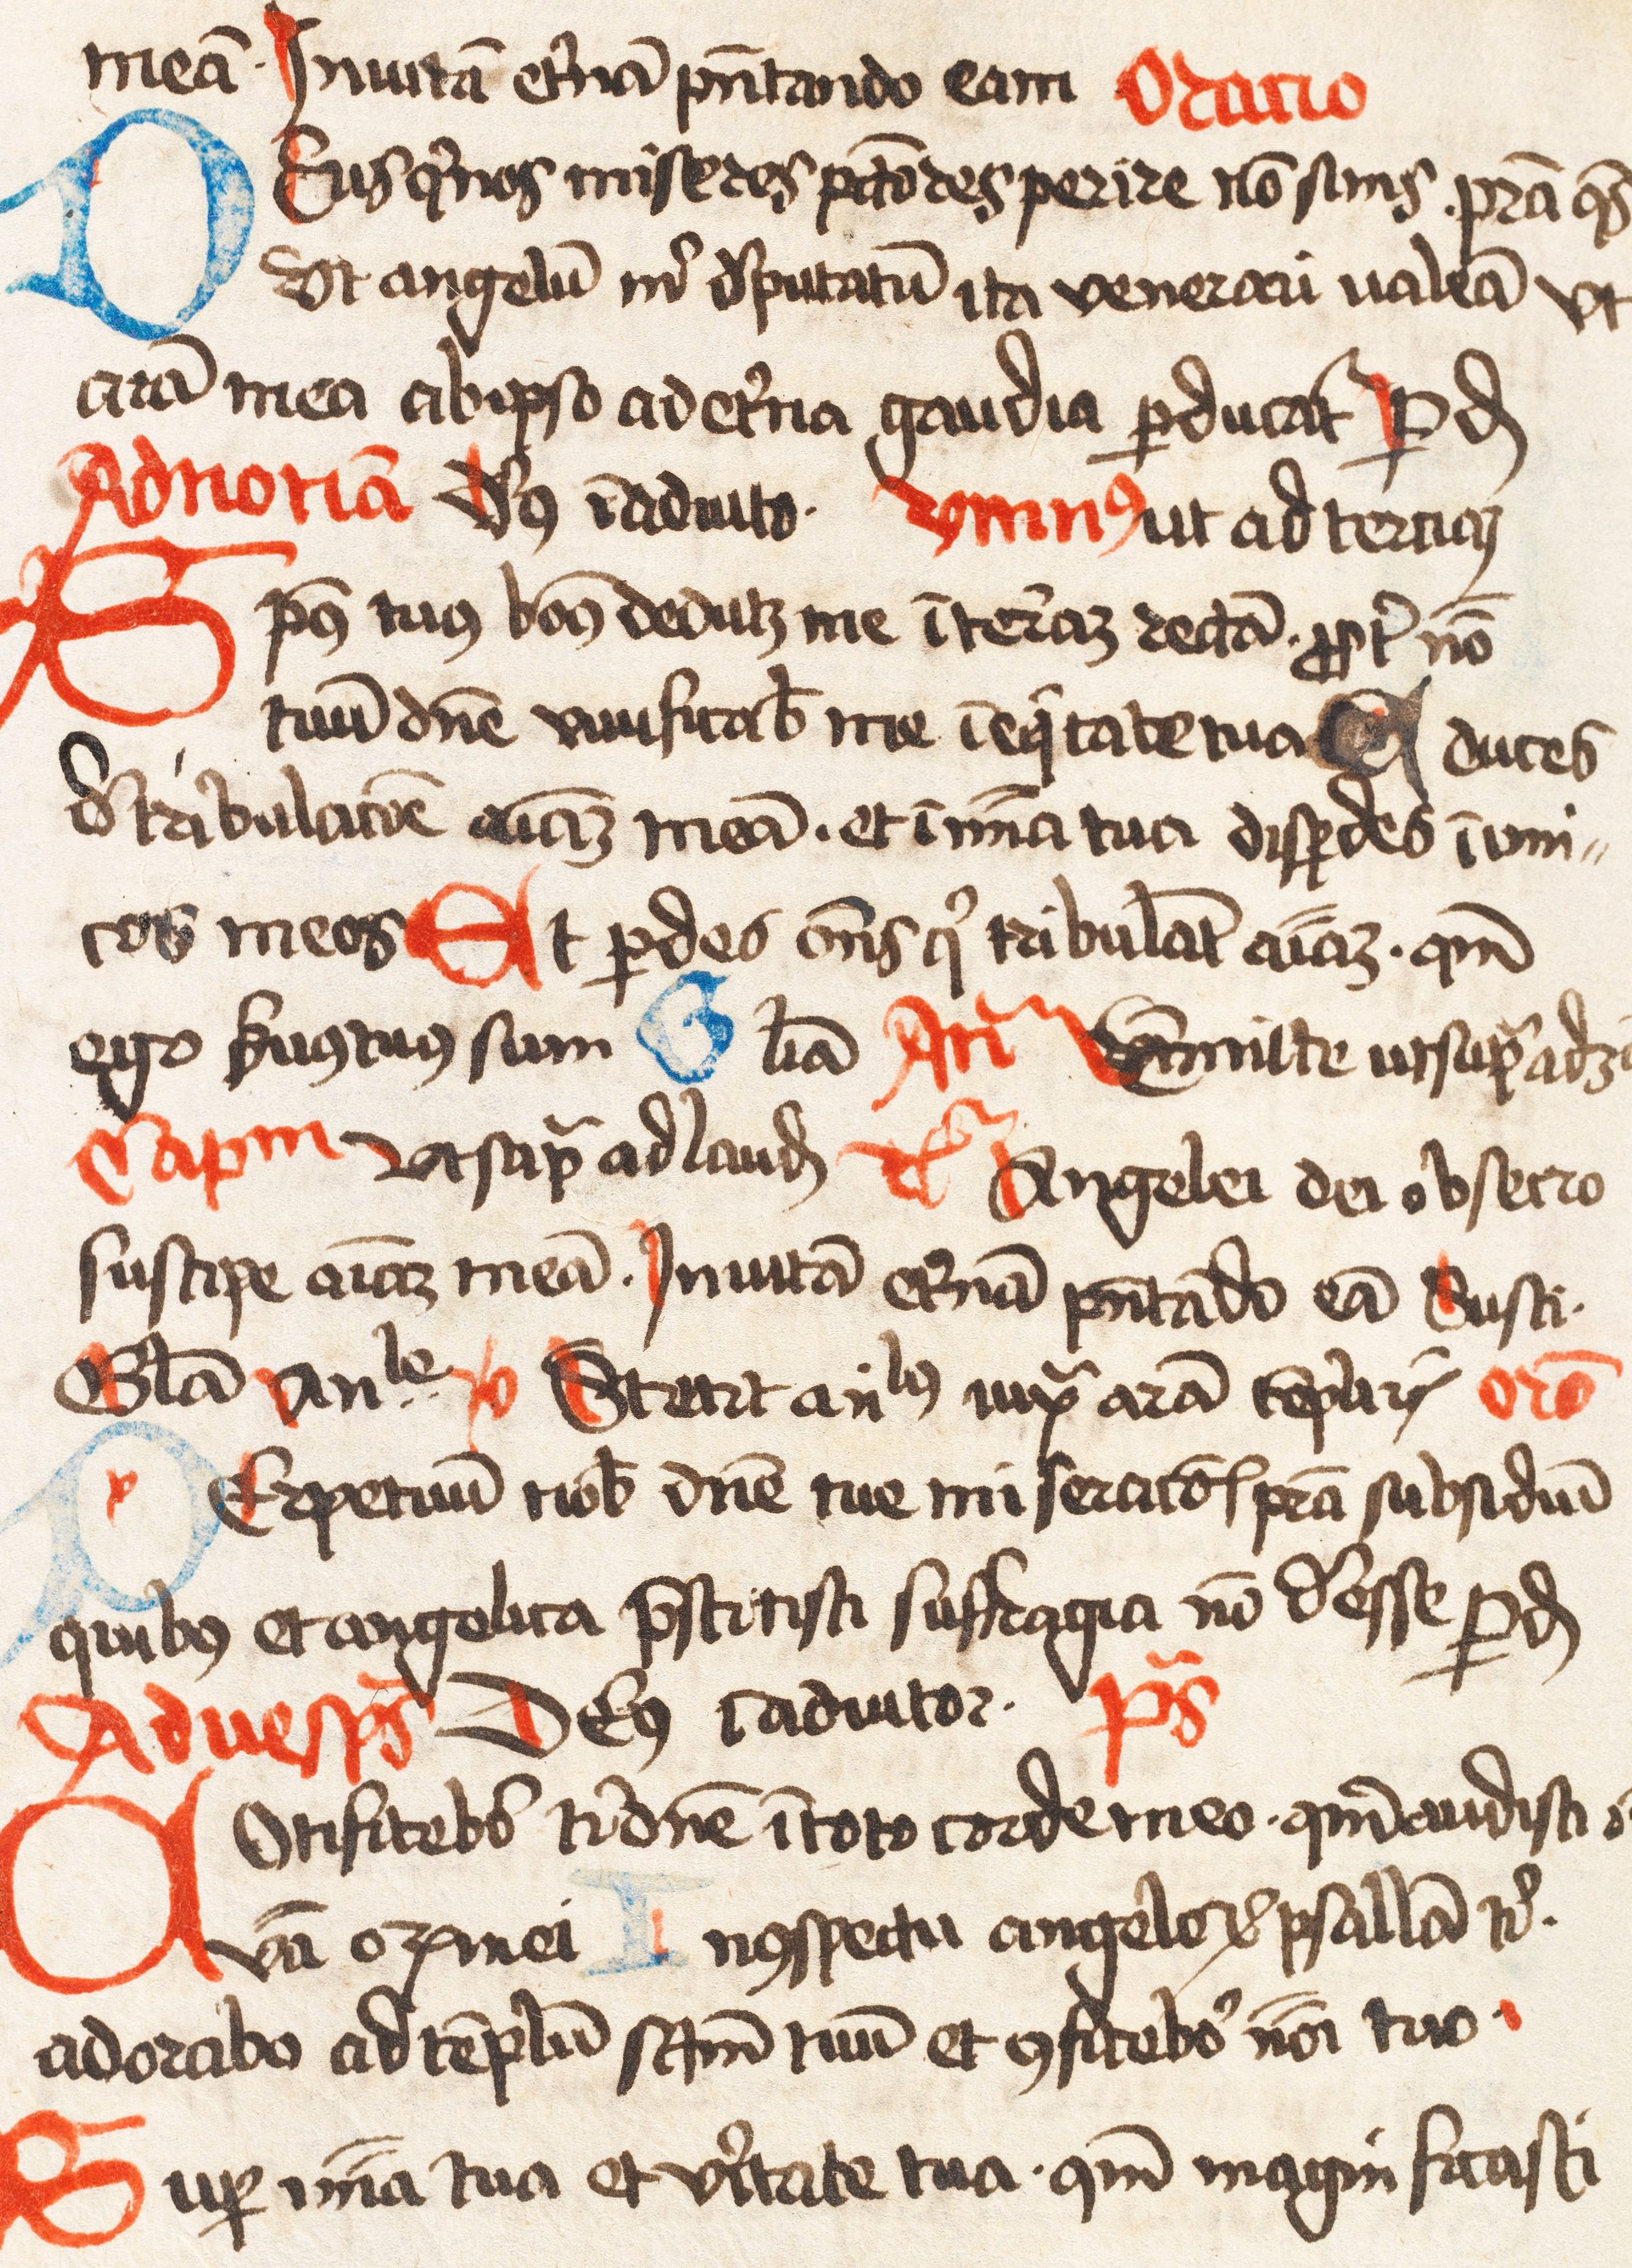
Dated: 1445–1499